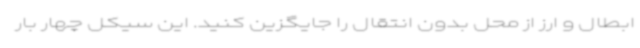
ابطال و ارز از محل بدون انتقال را جایگزین کنید. این سیکل چهار بار